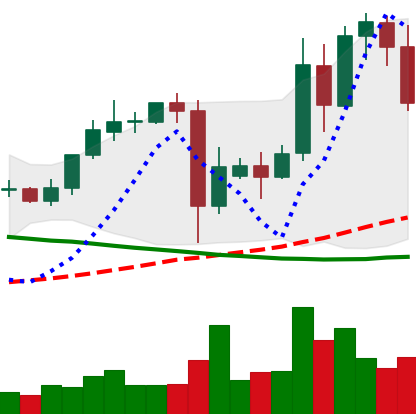
Ticker: TRX-USD
Chart end date: 2021-09-17
Forward return: -6.078%
Label: down_5_7